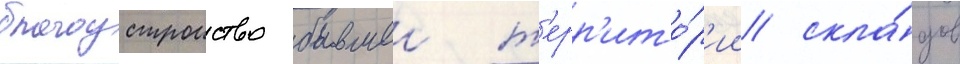
благоустроиство бывшеи т'ерр'ито́р'ии скла́дов